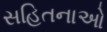
સહિતનાઓ